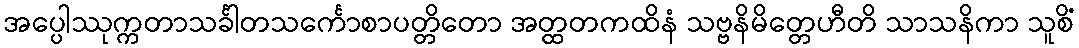
အပ္ပေါဿုက္ကတာသင်္ခါတသင်္ကောစာပတ္တိတော အတ္ထတကထိနံ သဗ္ဗနိမိတ္တေဟီတိ သာသနိကာ သူစိံ